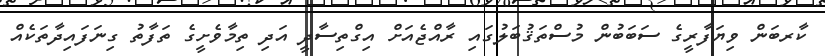
ކާރބަން ވިޔަފާރީގެ ސަބަބުން މުސްތަޤުބަލުގައި ރާއްޖެއަށް އިގްތިސާދީ އަދި ތިމާވެށީގެ ތަފާތު ގިނަފައިދާތަކެއް